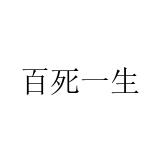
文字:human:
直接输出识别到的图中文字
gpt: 百死一生